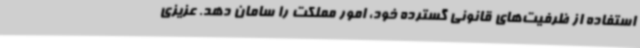
استفاده از ظرفیت‌های قانونی گسترده خود، امور مملکت را سامان دهد. عزیزی